Medical and sanitary report of the native army of Bengal for the year
Year: 1874
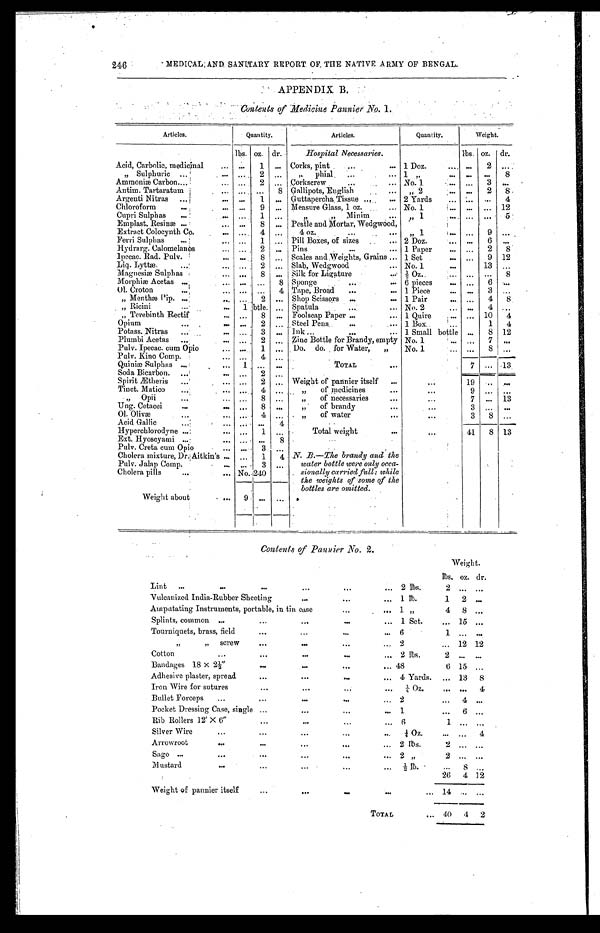
246
MEDICAL AND SANITARY REPORT OF THE NATIVE ARMY OF BENGAL.
APPENDIX B.
Contents of Medicine Pannier No. 1.
Articles.
Quantity.
Articles.
Quantity.
Weight.
lbs. oz. dr.
Hospital Necessaries
lbs. oz. dr.
Acid, Carbolic, medicinal
. . .
1 ... Corks, pint
1 Doz.
. . . 2
. . .
" Sulphuric
. . .
2 . . . " phial .
1 "
. . .
. . . 8
Ammoniæ Carbon
. . . 2 ... Corkscrew
No. 1
...
3
. . .
Antim. Tartaratum
. . .
. . .
8 Gallipots, English
" 2
. . . 2 8
Argenti Nitras
...
1 ... Guttapercha, Tissue
2 Yards
. . .
. . .
4
Chloroform
. . .
9 ... Measure Glass, 1 oz.
No. 1
. . .
. . . 12
Cupri Sulphas
. . . 1 ...
" " Minim
1
. . . ...
5
Emplast. Resinæ
...
8
. . . Pestle and Mortar, Wedgwood,
4 oz.
" 1
. . .
9
. . .
Extract Colocynth Co.
. . . 4
. . .
Ferri Sulphas
. . . 1
. . . Pill Boxes, of sizes
2 Doz.
. . .
6
. . .
Hydrarg. Calomelanos
. . . 2
. . .
P i n s
1 Paper
. . . 2
8
lpecac.Rad. Pulv.
. . . 8
. . . Scales and Weights, Grains
1 Set
. . . 9 12
Liq. Lyttæ.
...
2
. . . Slab, Wedgwood
No. 1
13 ...
Magnesiæ Sulphas
. . . 8 ... Silk for Ligature
½ Oz.
...
. . .
8
Morphiæ Acetas
... ...
8 Sponge
6 pieces
. . .
6
. . .
Ol. Croton
... ...
4 Tape, Broad
1 Piece
. . . 3
. . .
" Menthæ Pip
...
2 ... Shop Scissors
1 Pair
...
4 8
" Ricini
1 btle. ... Spatula
No. 2
. . . 4 ...
" Terebinth Rectif
...
8 ... Foolscap Paper
1 Quire
. . . 10 4
Opium
. . .
2 ... Steel Pens
1 Box.
1 4
Potass. Nitras
. . .
3 ... Ink
1 Small bottle
. . .
8 12
Plumbi Acetas
. . . 2 ... Zinc Bottle for Brandy, empty No. 1
. . . 7
. . .
Pulv. Ipecac. corn Opio
. . . 1 ... . Do. do. for Water, "
No. 1
. . .
8
. . .
Pulv. Kino Comp.
. . .
4
. . .
Quiniæ Sulphas
1
. . .
. . .
TOTAL
7 ... 13
Soda Bicarbon.
. . .
2
. . .
Spirit Ætheris
. . . 2
. . . Weight of pannier itself
...
1 9
. . . . . .
Tinct. Matico
. . . 4 ...
" of medicines
. . .
9
. . . . . .
" Opii
. . .
8
. . . " of necessaries
...
7 ... 13
Ung. Cetacei
. . .
8
. . . " of brandy
...
3 ... ...
Ol. Olivæ ...
4 ... " of water
. .
3 8 ...
Acid Gallic
. . .
. . . 4
Hyperchlorodyne
. . .
1
. . .
Total weight
...
41
8 13
Ext. Hyoscyami
. . .
. . .
8
Pulv. Creta cum Opio
. . .
3
. . .
Cholera mixture, Dr. Aitkin's
... 1 4 N. B.—The brandy and the
water bottle were only occa-
sionally carried full: while
the weights of some of the
bottles are omitted.
Pulv. Jalap Comp.
. . .
3
. . .
Cholera pills
No. 240
Weight about
9
...
. . .
Contents of Pannier No. 2.
Weight.
lbs. oz. dr.
Lint
2 lbs.
2
. . .
. . .
Vulcanized India-Rubber Sheeting
1 lb.
1 2 ...
Amputating Instruments, portable, in tin case
1 "
4 8
. . .
S p l i n t s , c o m m o n
1 Set.
... 15
. . .
Tourniquets, brass, field
6
1
. . .
. . .
" " s
crew
2
... 12 12
C o t t o n
2 lbs.
2
. . .
. . .
Bandages 18 x 2½ "
48
6 15 ...
Adhesive plaster, spread
4 Yards.
. . . 13 8
Iron Wire for sutures
¼ Oz.
. . .
. . . 4
Bullet Forceps
2
. . . 4
. . .
Pocket Dressing Case, single
1
. . .
6
. . .
...
...
Rib Rollers 12" X 6"
6
1
. . .
. . .
Silver Wire
¼ Oz.
. . .
. . .
4
Arrowroot
2 lbs.
2
. . .
. . .
Sago
2 "
2
. . .
. . .
Mustard
½ lb.
. . .
8
. . .
26 4 12
Weight of pannier itself
. . .
1 4
. . .
. . .
TOTAL
... 40 4 2